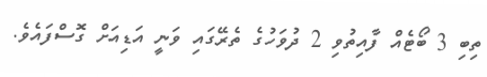
ތިބި 3 ބޯޓެއް ފާއިތުވި 2 ދުވަހުގެ ތެރޭގައި ވަނީ އަޑިއަށް ގޮސްފައެވެ.